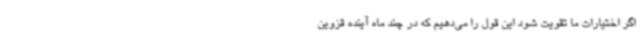
اگر اختیارات ما تقویت شود این قول را می‌دهیم که در چند ماه آینده قزوین